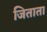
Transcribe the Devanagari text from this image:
जिताता